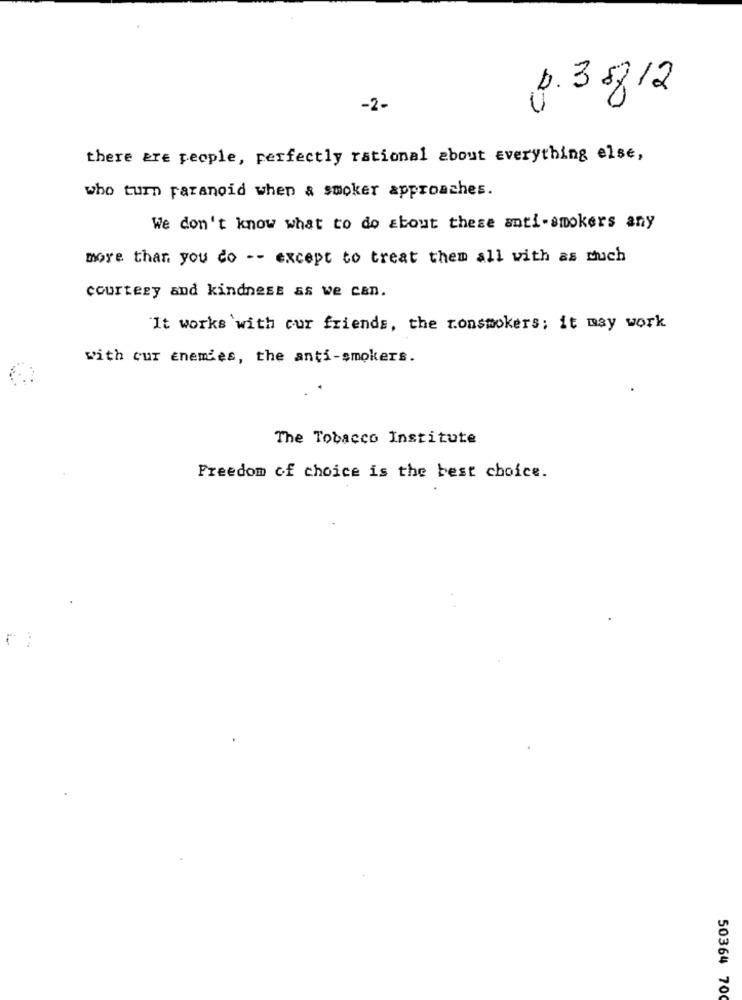
b. 38812
-2-
there are people, perfectly rational about everything else,
who turn paranoid when & smoker approaches.
We don't know what to do about these anti-smokers any
more than you do -- except to treat them all with as much
courtesy and kindness as we can.
It works with cur friends, the ronsmokers; it may work
with cur enemies, the anti-smokers.
The Tobacco Institute
Freedom of choice is the best choice.
50364 70